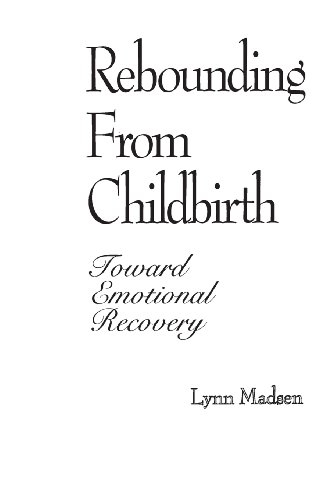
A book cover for Rebounding from Childbirth: Toward Emotional Recovery; Lynn Madsen; Health, Fitness & Dieting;